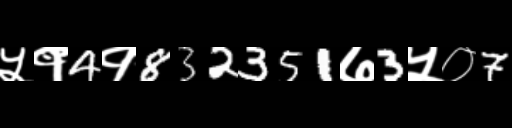
Text: ५१4१832351७3५०7